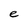
Character: e